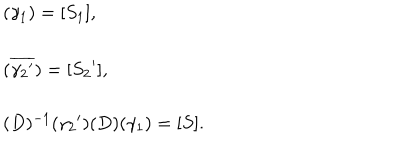
\left. \begin{array} { l } { { ( \gamma _ { 1 } ) = [ S _ { 1 } ] , } } \\ { { ( \overline { { { { \gamma _ { 2 } } ^ { \prime } } } } ) = [ { S _ { 2 } } ^ { \prime } ] , } } \\ { { ( D ) ^ { - 1 } ( { \gamma _ { 2 } } ^ { \prime } ) ( D ) ( \gamma _ { 1 } ) = [ S ] . } } \\ \end{array} \right.